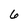
Character: 6